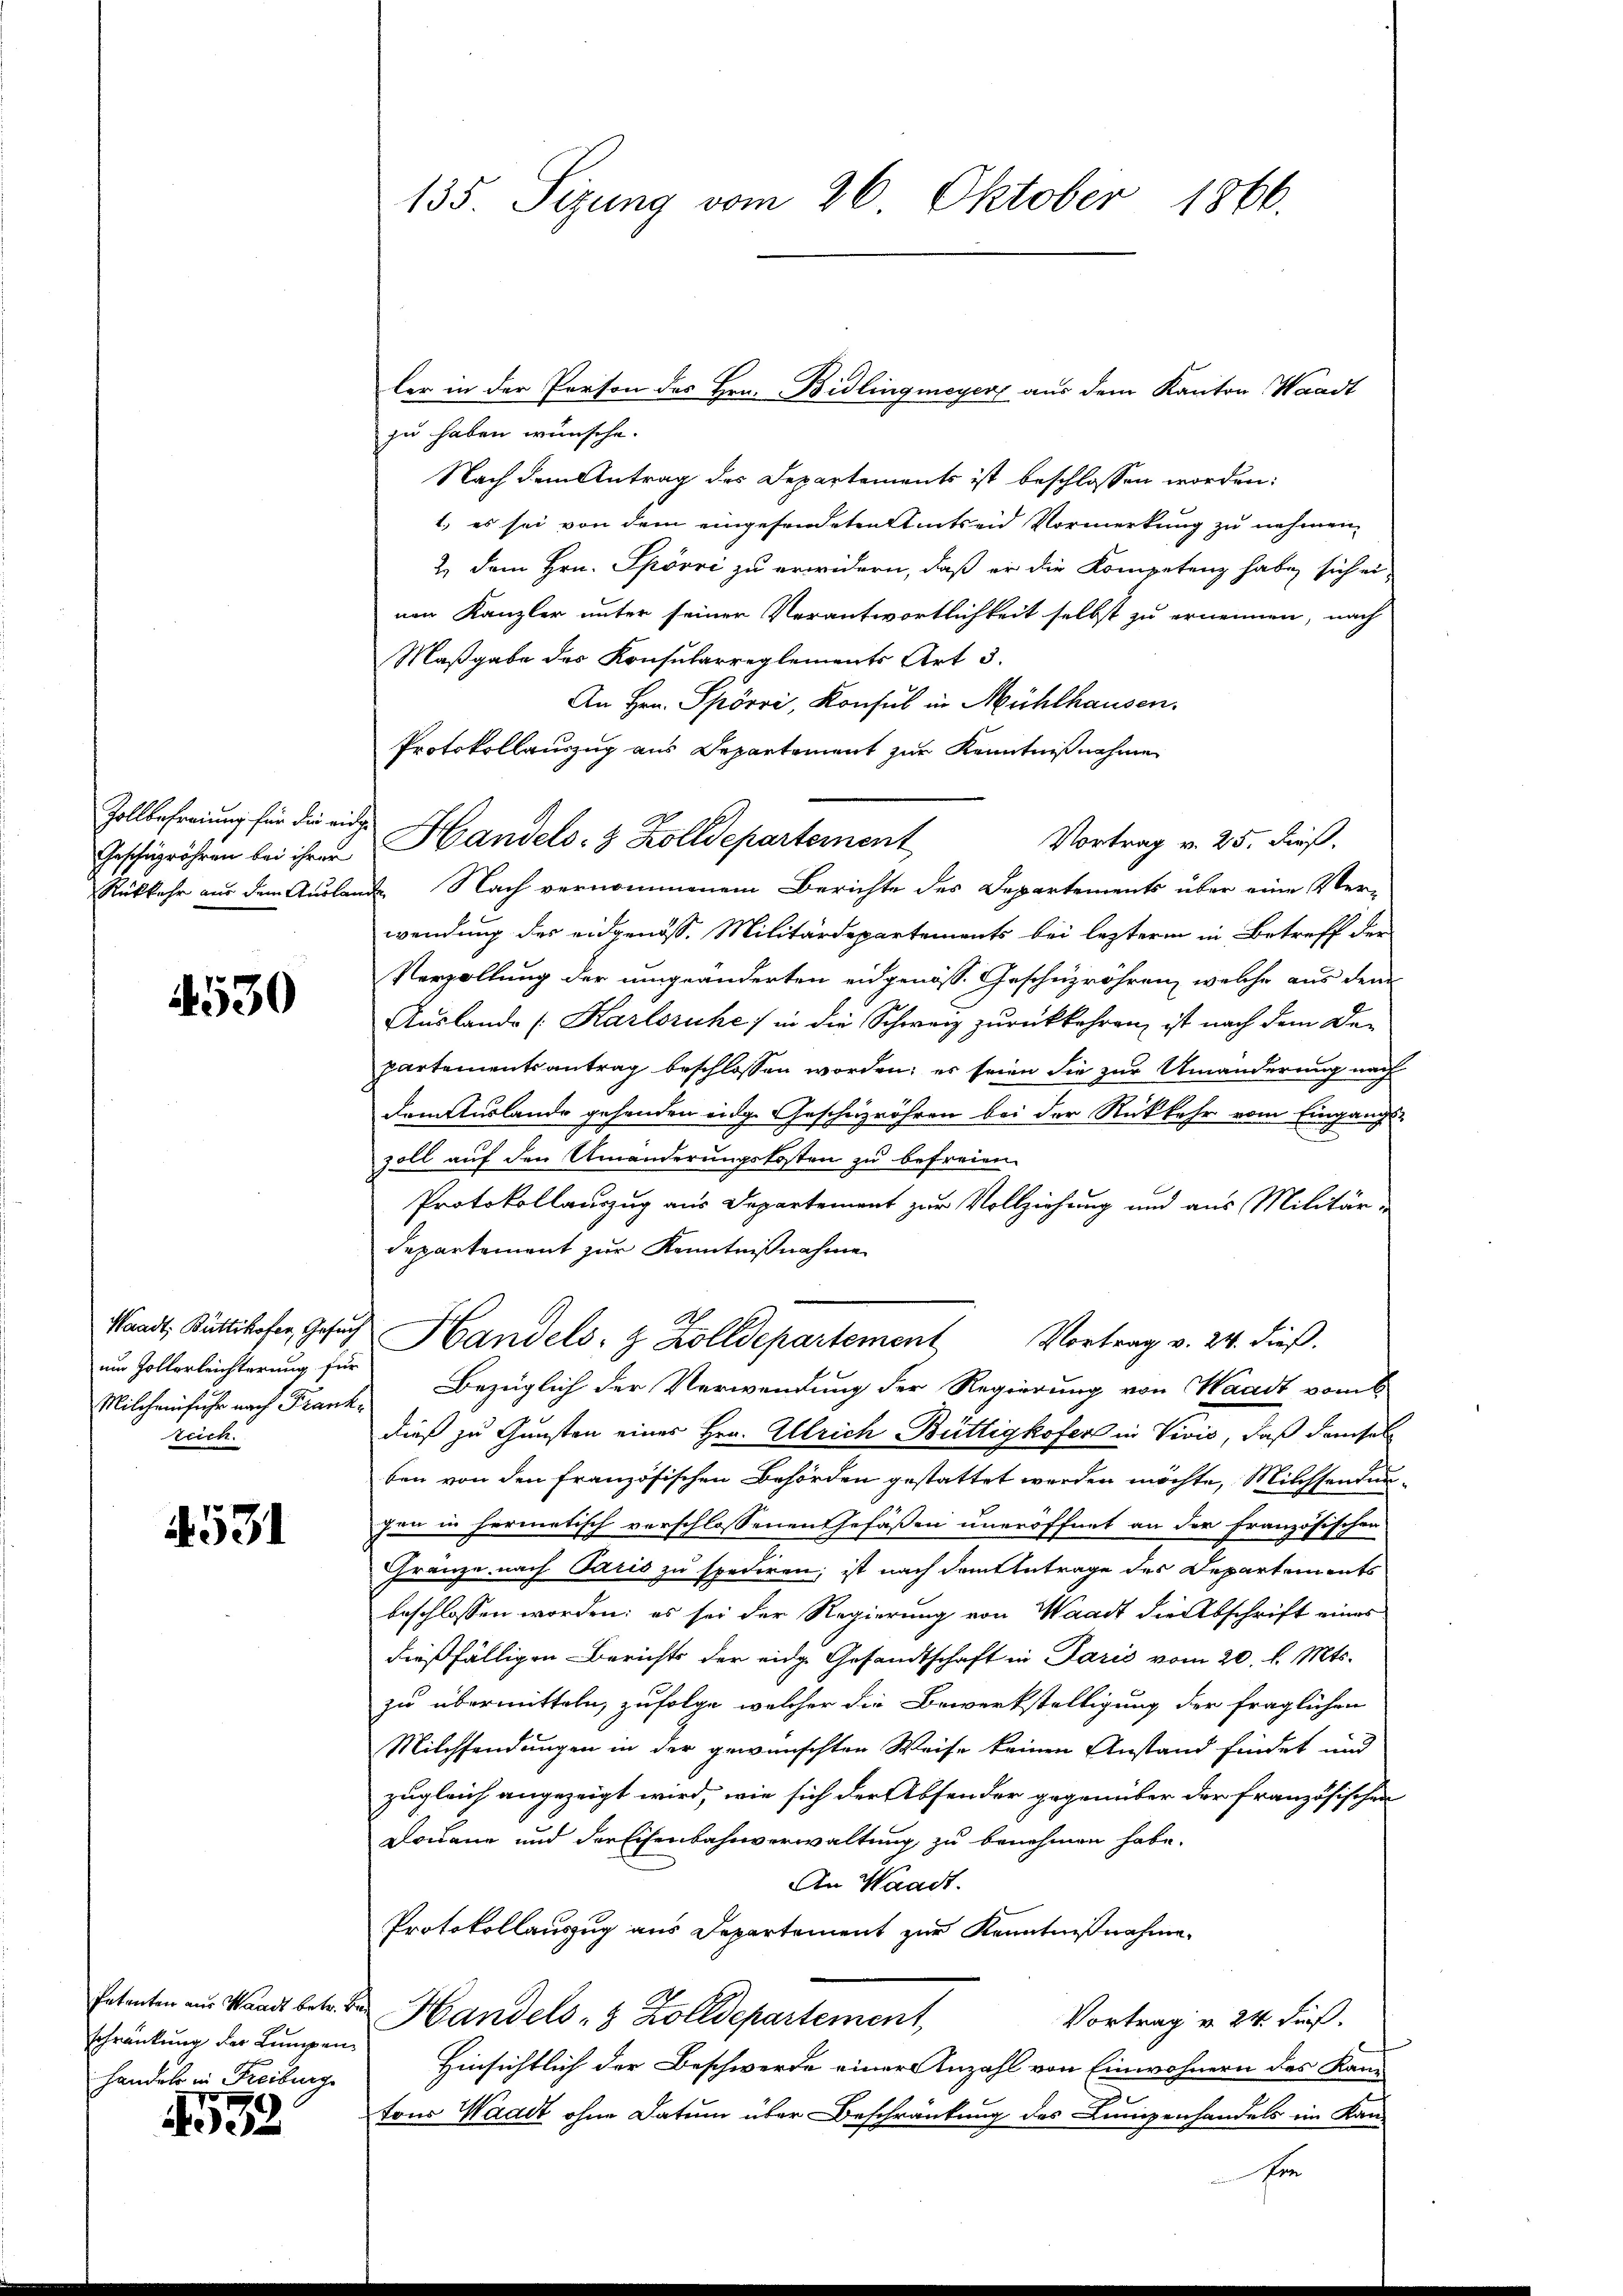
Zollbefreiung für die eidge
Geschigröhren bei ihrer
Rükkehr aus dem Auslang

530

Waadt, Büttikofer, Gesuch
um Zollerleichterung für
Milcheinsiche nach Frankteich.

1531

Petenten aus Waadt betr. Beschränkung der Lumpen¬
Handels in Freiburge

532

135. Sizung vom 26. Oktober 1866.

zu haben wünsche.
Nach dem Antrag des Departements ist beschlossen worden:
1. es sei von dem eingesendeten Amtseid Vormerkung zu nehmen.
2.) Dem Hrn. Spörri zu erwidern, daß er die Kompetenz habe sich ei-
nen Kanzler unter seiner Verantwortlichkeit selbst zu ernennen, nach
Maßgabe des Konsularreglements Art 3.
An Hrn. Spörri, Konsul in Mühlhausen.
Protokollauszug aus Departement zur Kenntnißnahme
Vortrag v. 25. dieß,
. Nach vernommenem Berichte des Departements über eine Ver-
wendung des eidgenöss. Militärdepartements bei lezterm in Betreff der
Verzöllung der umgeänderten eidgenöss. Geschüzröhren, welche aus dem
Auslande (Karlsruhe in die Schweiz zurückkehren, ist nach dem Departementsantrag beschlossen worden; es seien die zur Umänderung nach
dem Auslande gehenden eidge Geschäzröhren bei der Rückkehr vom Eingangs-
zoll auf den Umänderungskosten zu befreien.
Protokollauszug aus Departement zur Vollziehung und aus Militär-
departement zur Kenntnißnahme
Handels- & Zolldepartement Vortrag v. 24. dieβ.
Bezüglich der Verwendung der Regierung von Waadt vom 6.
dieß zu Gunsten eines Hrn. Allrich Büttigkofers in Vivis, daß demsel
ben von den französischen Behörden gestattet werden möchte, Milchsendungen in hermetisch verschlossenen Gefäßen uneröffnet an der Französischen
Gränze nach Paris zu spediren; ist nach dem Antrage des Departements
beschlossen worden; es sei der Regierung von Waadt die Abschrift eines
dießfälligen Berichts der eidge Gesandtschaft in Paris vom 20. l. Mts.
zu übermitteln, zufolge, welcher die Bewerkstelligung der fraglichen
Milchsendungen in der gewünschten Weise keinen Anstand findet und
zugleich angezeigt wird, wie sich der Absender gegenüber der französischen
Douane und der Eisenbahnverwaltung zu benehmen habe.
An Waadt.
Protokollauszug aus Departement zur Kenntnißnahme
Handels 8 Zolldepartement,
Vortrag v. 24. dieß.
Hinsichtlich der Beschwerde einer Anzahl von Einwohnern des Kam
2
tons Waadt ohne Datum über Beschränkung des Linigenhandels im Kan-
fi

Handels- & Zolldepartement

ler in der Person des Hrn. Bidlingmeyer aus dem Kanton Waadt